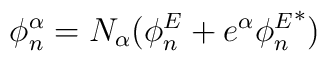
\phi^\alpha_n = N_\alpha(\phi^E_n+e^\alpha{\phi_n^E}^*)